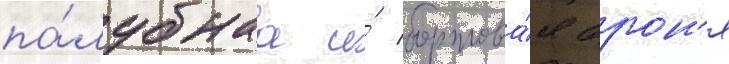
па́лубнаа и́ бортова́я брон'я